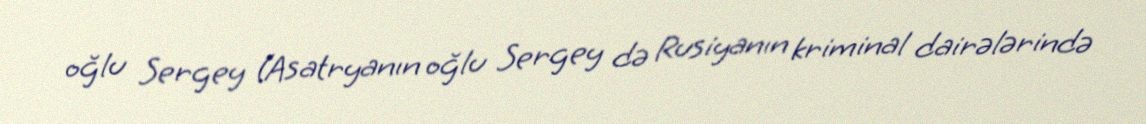
oğlu Sergey (Asatryanın oğlu Sergey də Rusiyanın kriminal dairələrində